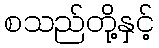
စသည်တို့နှင့်